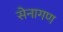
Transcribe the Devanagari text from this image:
सेनागण